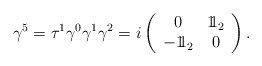
\begin{align*}\gamma^5 = \tau^1 \gamma^0 \gamma^1 \gamma^2 = i \left( \begin{array}{cc} 0 & 1\!\!1_2 \\ -1\!\!1_2 & 0 \end{array} \right).\end{align*}